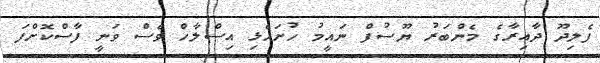
ފެލިދޫ ދާއިރާގެ މެންބަރު ޔޫސުފް ނައީމު ހުށަހެޅި އިސްލާހް ވެސް ވަނީ ފާސްކޮށްފަ